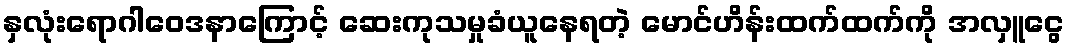
နှလုံးရောဂါဝေဒနာကြောင့် ဆေးကုသမှုခံယူနေရတဲ့ မောင်ဟိန်းထက်ထက်ကို အလှူငွေ